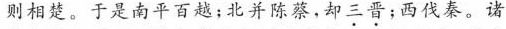
则相楚。于是南平百越;北并陈蔡，却三晋;西伐秦。诸